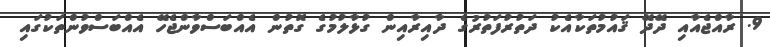
9. ރާއްޖެއާއި ދޭދޭ ޤައުމުތަކާއެކު ދަތުރުފަތުރުގެ ދާއިރާއިން ގުޅާލުމުގެ ގޮތުން އެއްބަސްވާންޖެހޭ އެއްބަސްވުންތަކުގައި